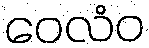
ဝေလံဝ